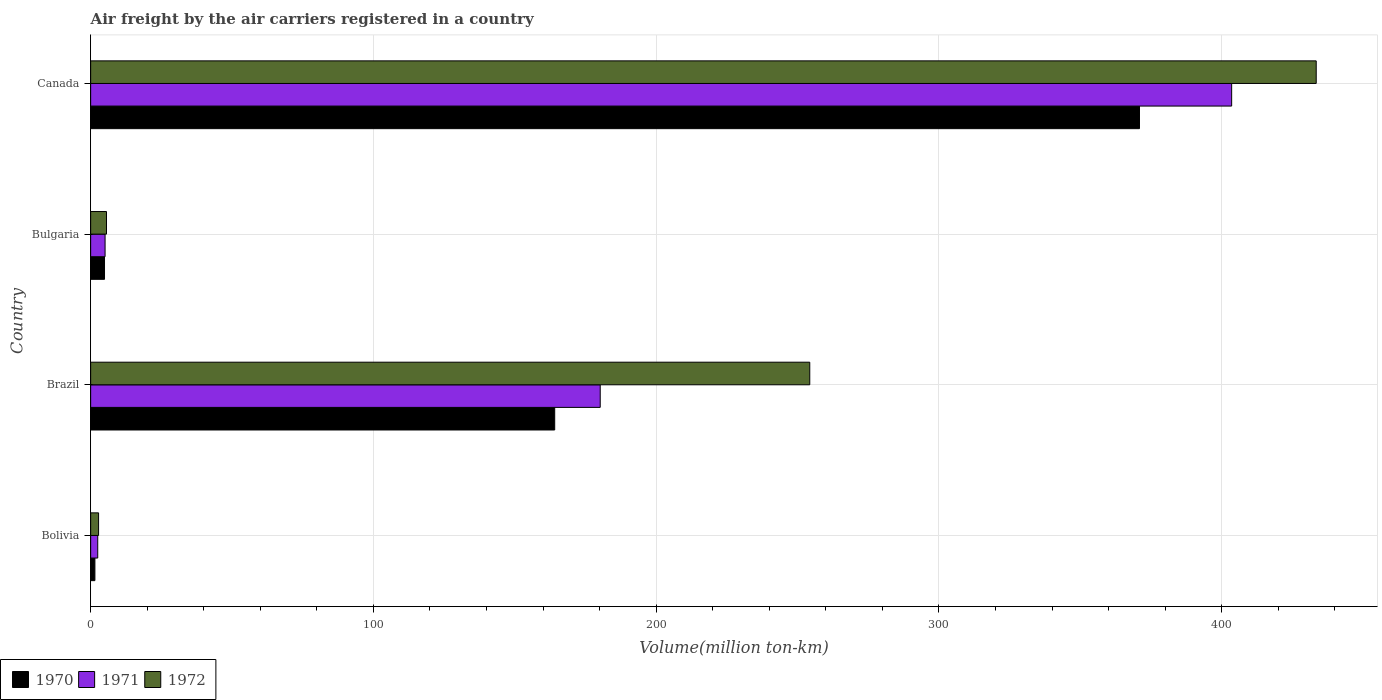
| Country | 1970 | 1971 | 1972 |
 | --- | --- | --- | --- |
 | Bolivia | 1.5 | 2.5 | 2.8 |
 | Brazil | 164 | 180 | 254 |
 | Bulgaria | 4.9 | 5.1 | 5.6 |
 | Canada | 371 | 404 | 433 |